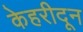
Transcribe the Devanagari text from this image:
केहरीदून